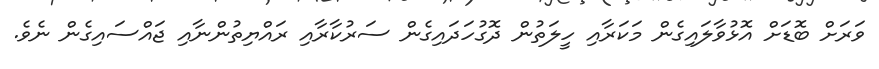
ވަރަށް ބޮޑަށް އޮޅުވާލައިގެން މަކަރާއި ހީލަތުން ދޮގުހަދައިގެން ސަރުކާރާއި ރައްޔިތުންނާއި ޖައްސައިގެން ނެވެ.